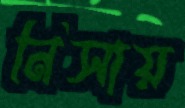
নিসায়